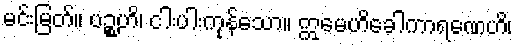
မင်းမြတ်။ ပဉ္စဟိ၊ ငါးပါးကုန်သော။ ဣမေဟိခေါကာရဏေဟိ၊